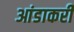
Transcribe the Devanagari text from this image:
आंडाकरी